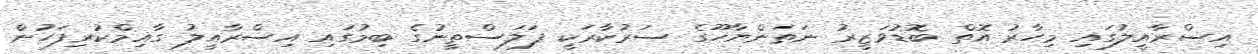
އިސްރާއީލުގައި މިހާރު އޮތް ބޮޑުވަޒީރު ނަތަންޔާހޫގެ ސަރުކާރަކީ ފަލަސްތީނުގެ ބިމުގައި އިސްރާއީލު ގާއިމްކުރިފަހުން